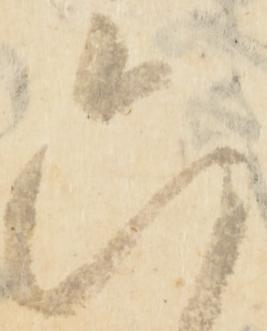
六